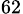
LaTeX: _{62}